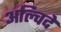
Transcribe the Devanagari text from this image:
अल्चिदे